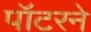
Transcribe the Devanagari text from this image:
पॉटरने